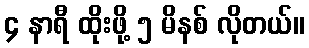
၄ နာရီ ထိုးဖို့ ၅ မိနစ် လိုတယ်။